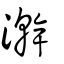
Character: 澣